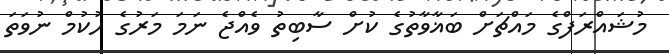
މުޝައްރަފްގެ މައްޗަށް ބަޣާވާތުގެ ކުށް ސާބިތު ވެއްޖެ ނަމަ މަރުގެ ހުކުމް ނުވަތަ